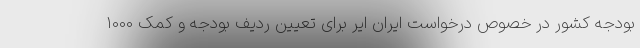
بودجه کشور در خصوص درخواست ایران ایر برای تعیین ردیف بودجه و کمک 1000